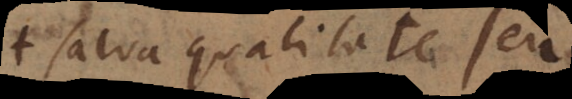
salva qualitate seu